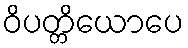
ဝိပတ္တိယောပေ